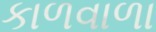
કાળવાળા